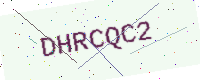
Text: DHRCQC2